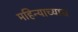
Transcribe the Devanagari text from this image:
महिन्याच्याच